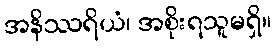
အနိဿရိယံ၊ အစိုးရသူမရှိ။